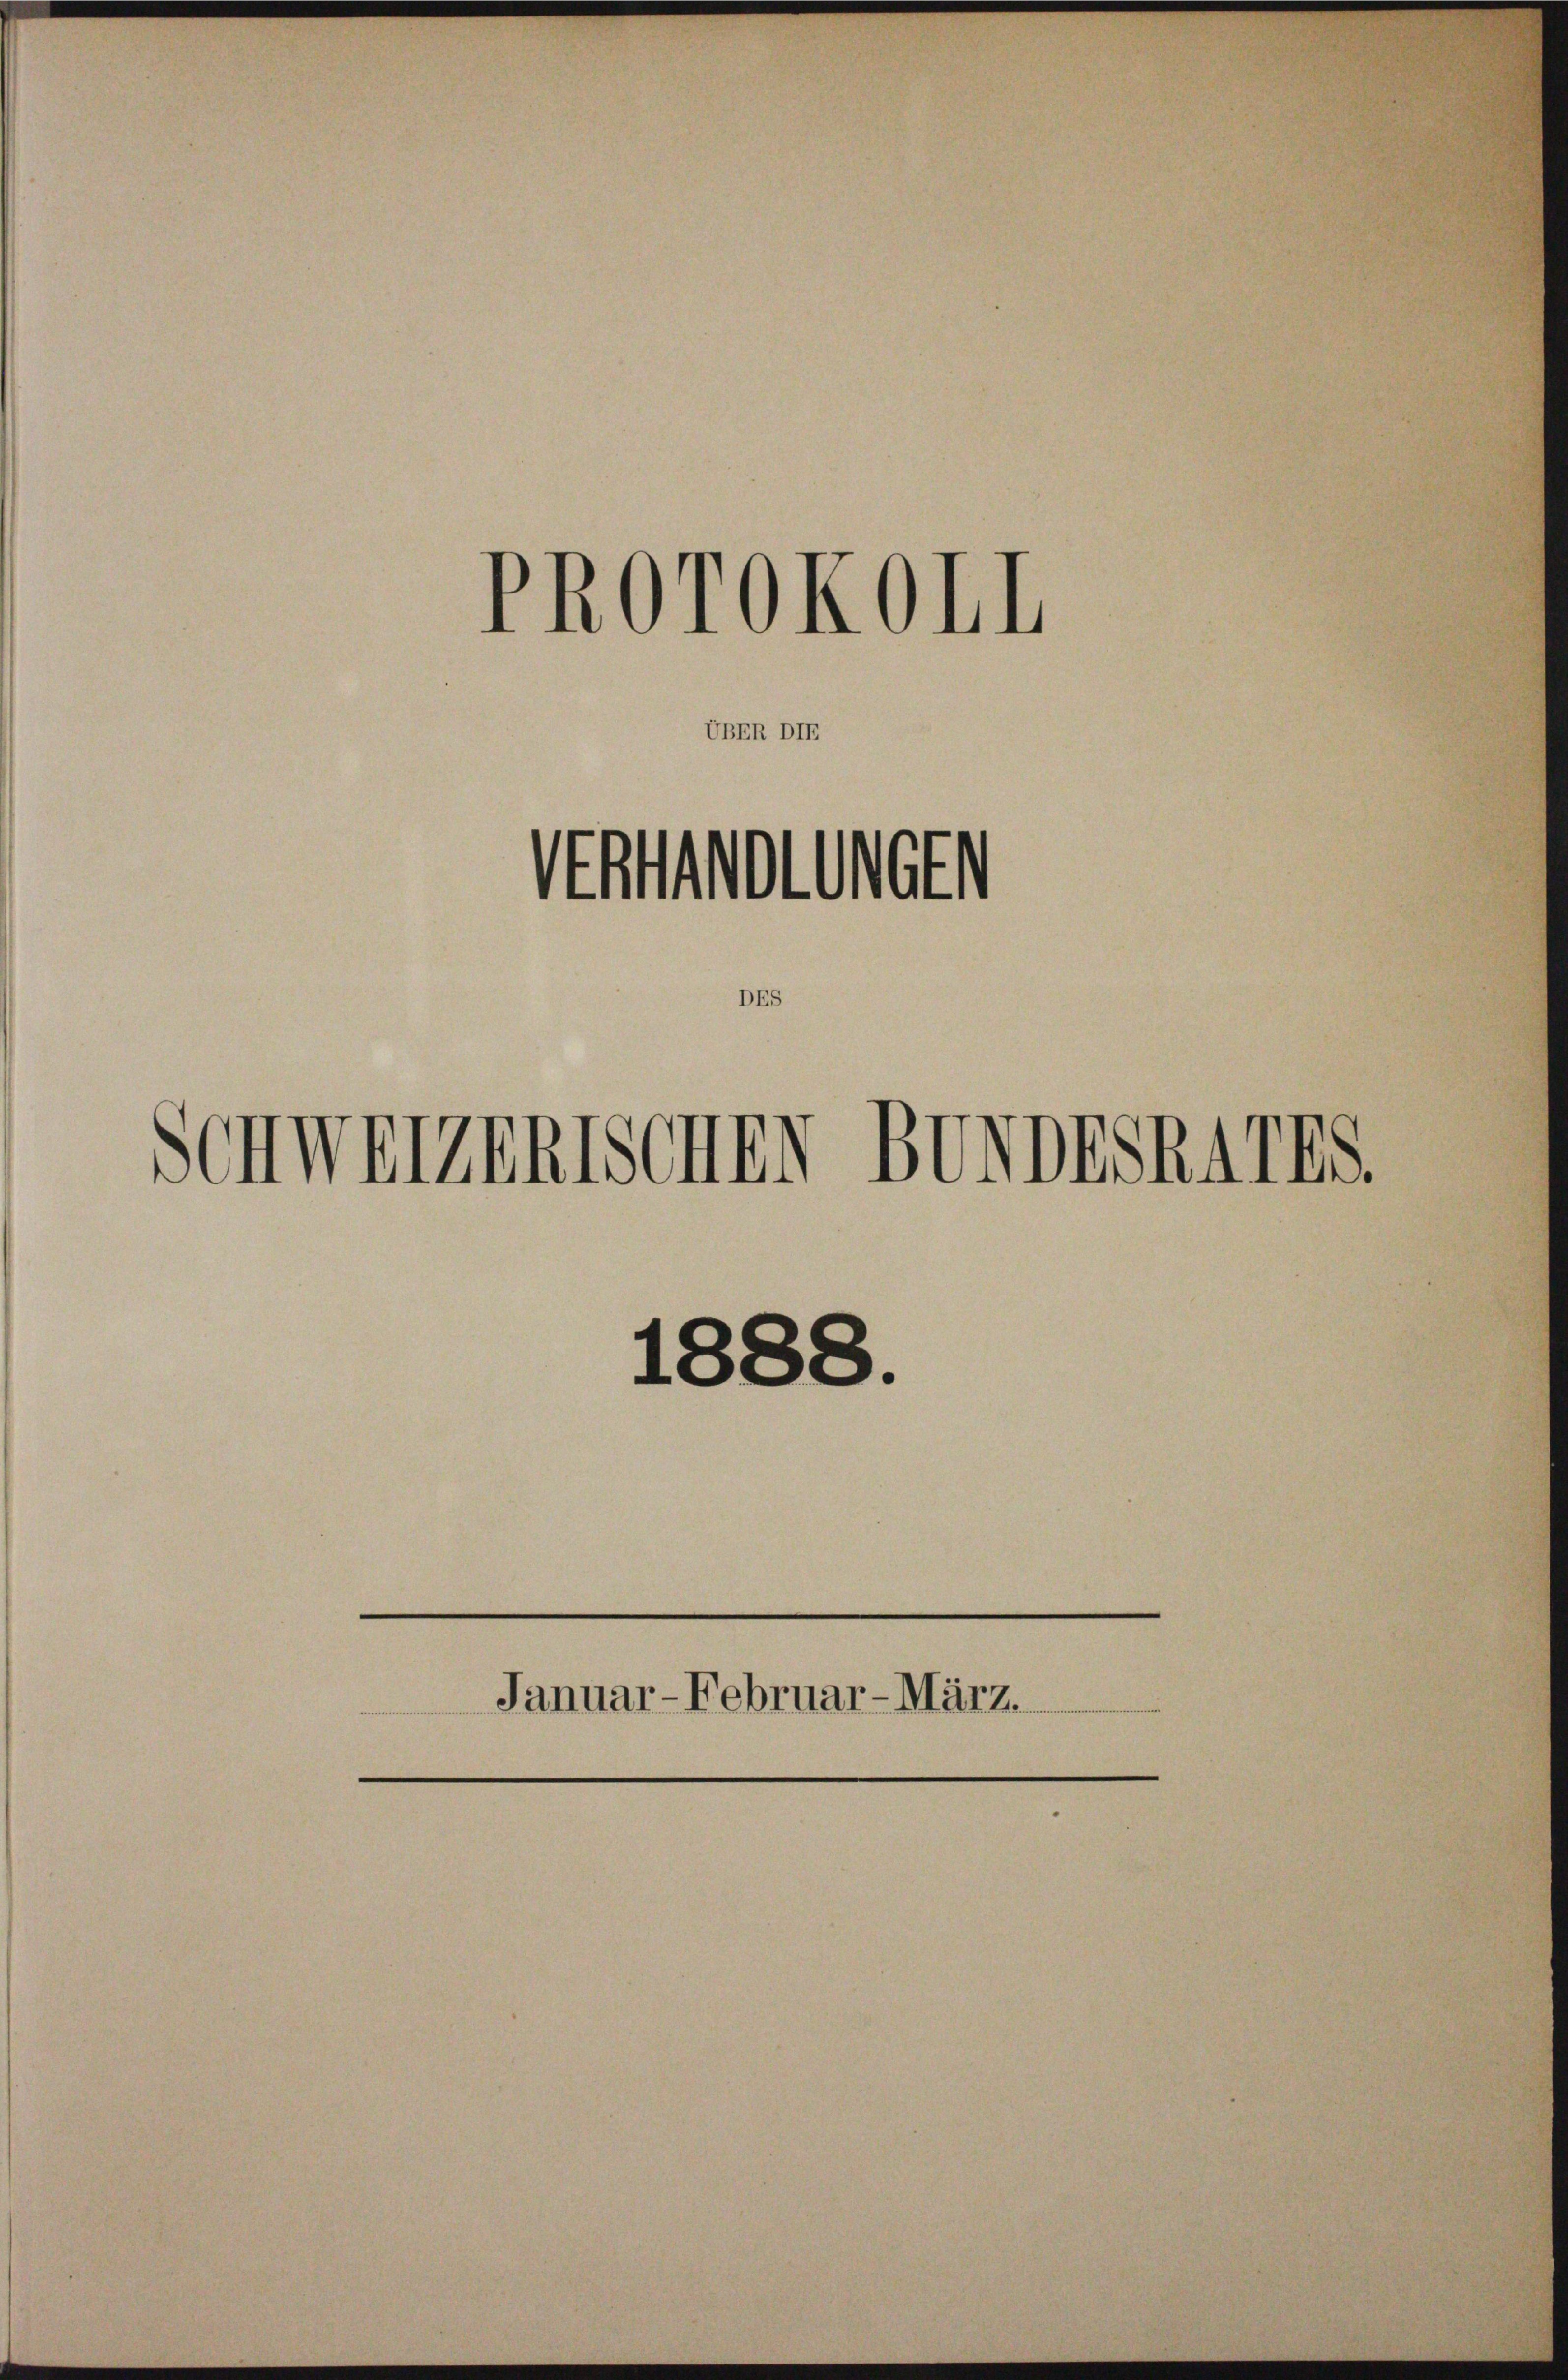
UBER DI

PROrOKOEL

Ortholisc

Schwerzenischen Bundeskarts.

1888.
Januar-Februar-März.